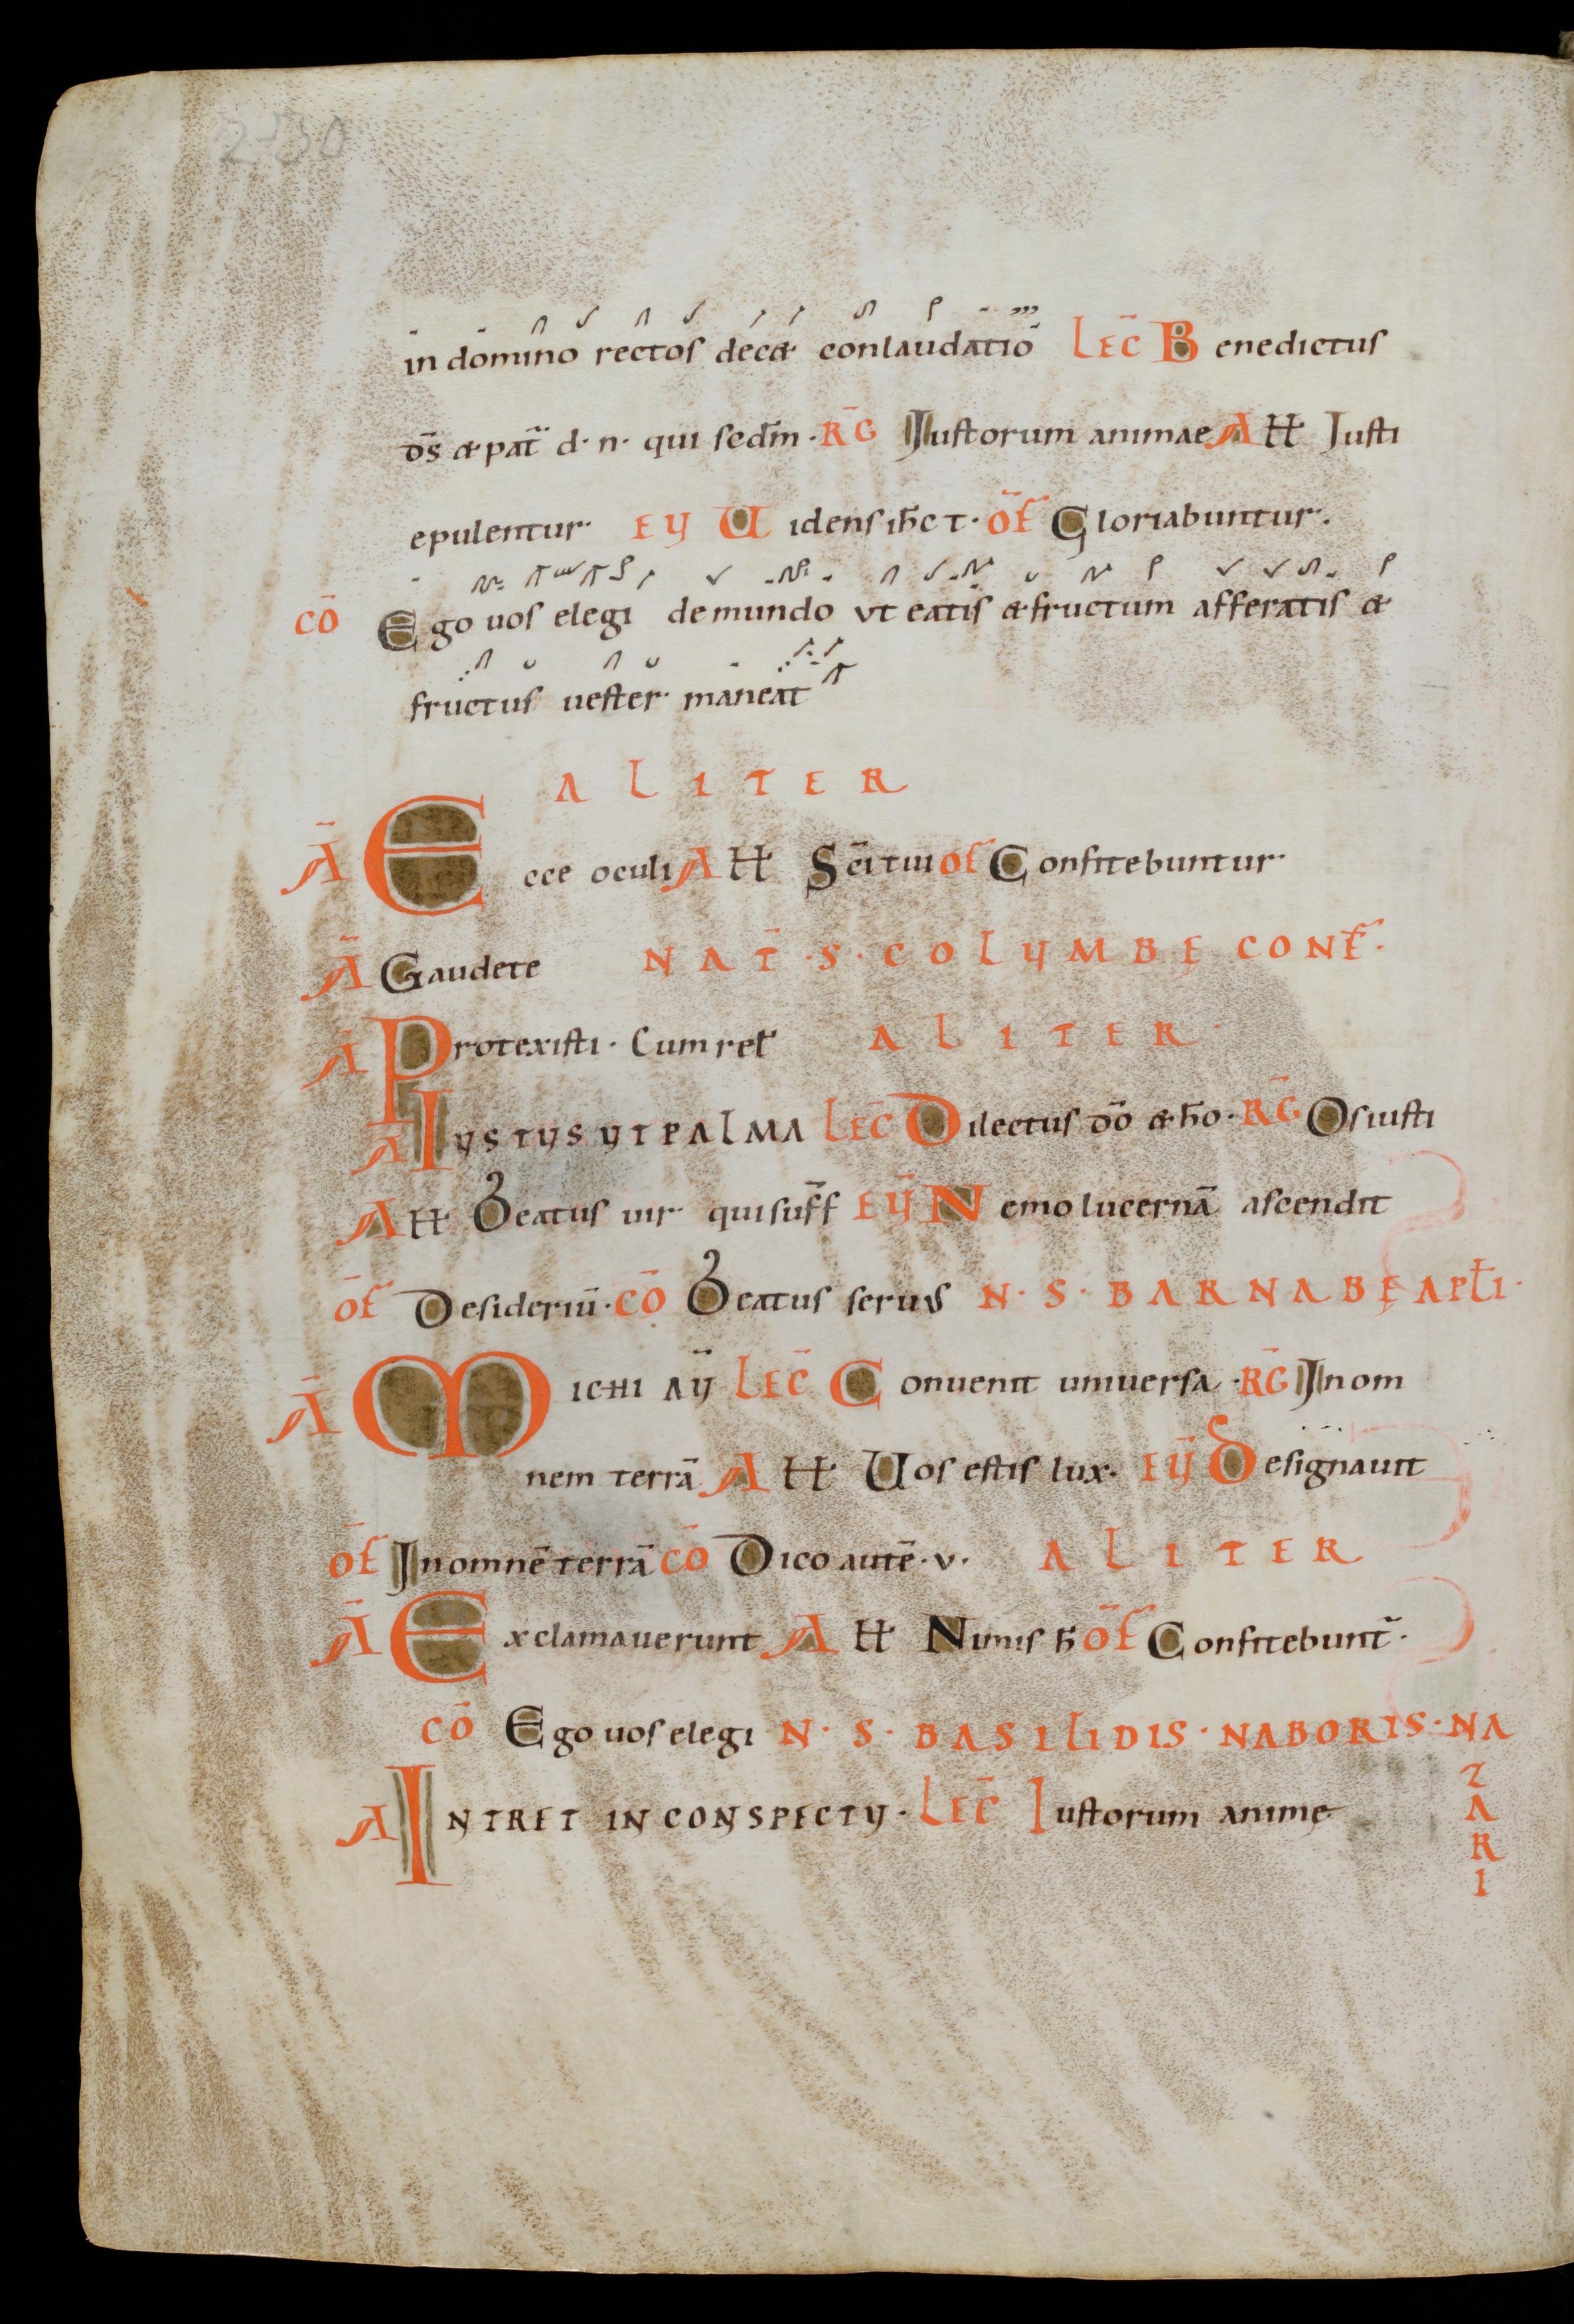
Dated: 1000–1099